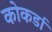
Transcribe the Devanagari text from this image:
कोकर्डा